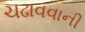
ચઢાવવાની